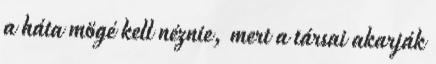
a háta mögé kell néznie, mert a társai akarják